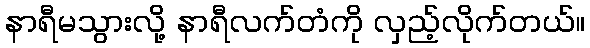
နာရီမသွားလို့ နာရီလက်တံကို လှည့်လိုက်တယ်။